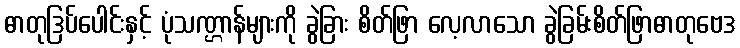
ဓာတုဒြပ်ပေါင်းနှင့် ပုံသဏ္ဌာန်များကို ခွဲခြား စိတ်ဖြာ လေ့လာသော ခွဲခြမ်းစိတ်ဖြာဓာတုဗေဒ